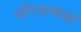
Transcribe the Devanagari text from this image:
चौरसामध्ये